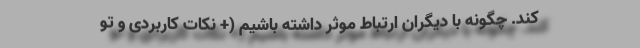
کند. چگونه با دیگران ارتباط موثر داشته باشیم (+ نکات کاربردی و تو